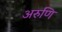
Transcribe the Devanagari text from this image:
अरुणि